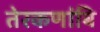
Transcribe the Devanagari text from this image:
तेरकणांबि